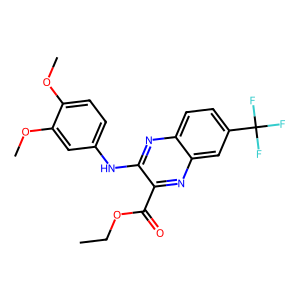
SMILES: CCOC(=O)c1nc2cc(C(F)(F)F)ccc2nc1Nc1ccc(OC)c(OC)c1
Inhibits HIV replication: No